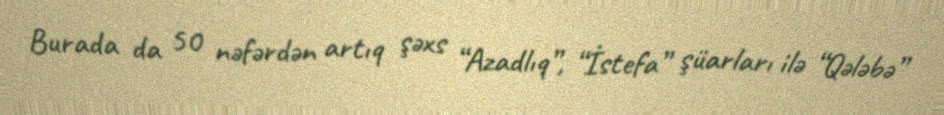
Burada da 50 nəfərdən artıq şəxs “Azadlıq”, “İstefa” şüarları ilə “Qələbə”